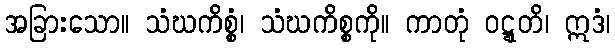
အခြားသော။ သံဃကိစ္စံ၊ သံဃကိစ္စကို။ ကာတုံ ဝဋ္ဋတိ၊ ဣဒံ၊